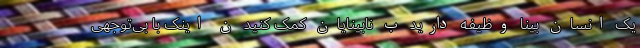
یک انسان بینا وظیفه‌ دارید ب نابینایان کمک کنید ن اینک با بی‌توجهی